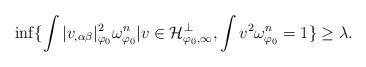
LaTeX: \begin{align*}\inf \{\int |v_{, \alpha \beta}|_{\varphi_0}^2\omega_{\varphi_0}^n | v\in \mathcal{H}_{\varphi_0,\infty}^{\perp}, \int v^2 \omega_{\varphi_0}^n =1\} \geq \lambda.\end{align*}